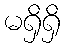
မရှိရှိ